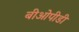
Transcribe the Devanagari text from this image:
बीओपीडी